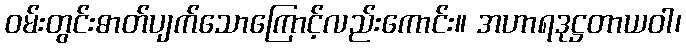
ဝမ်းတွင်းဓာတ်ပျက်သောကြောင့်လည်းကောင်း။ အဟာရဒုဋ္ဌတာယဝါ၊